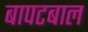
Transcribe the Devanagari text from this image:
बापटबाल